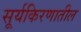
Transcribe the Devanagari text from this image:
सूर्यकिरणातील